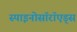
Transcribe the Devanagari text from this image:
स्पाइनोसॉरॉएड्स